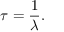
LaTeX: \tau = { \frac { 1 } { \lambda } } .